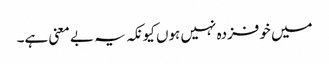
میں خوفزدہ نہیں ہوں کیونکہ یہ بے معنی ہے۔